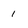
Character: 1